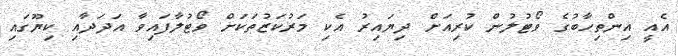
އެއީ އިންތިހާބުގެ ވޯޓުލުން ކުރިއަށް ދިޔައިރު އެކި މަރުކަޒުތަކަށް ވޯޓުލާފައިވާ އަދަދާއި ކިޔޫގައި